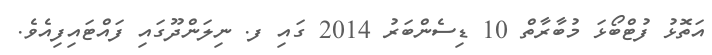
އަތޮޅު ފުޓްބޯޅަ މުބާރާތް 10 ޑިސެންބަރު 2014 ގައި ފ. ނިލަންދޫގައި ފައްޓައިފިއެވެ.